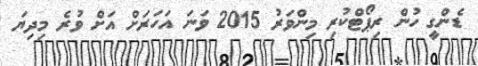
ޑެންގީ ހުން ރިޕޯޓްކުރި މިންވަރު 2015 ވަނަ އަހަރަށް އަށް ވުރެ މިދިޔަ